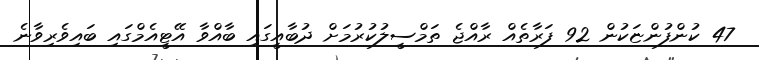
47 ކުންފުންޏަކުން 92 ފަރާތެއް ރާއްޖެ ތަމްސީލުކުރުމަށް ދުބާއީގައި ބާއްވާ އޭޓީއެމްގައި ބައިވެރިވާނެ